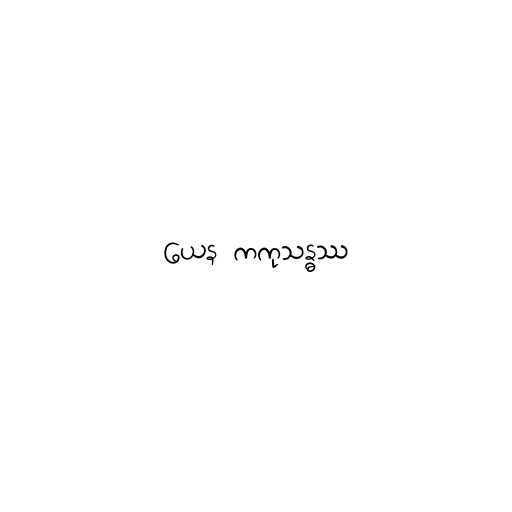
ယေန ကကုသန္ဓဿ